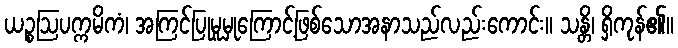
ယဉ္စဩပက္ကမိကံ၊ အကြင်ပြုမူမှုကြောင့်ဖြစ်သောအနာသည်လည်းကောင်း။ သန္တိ၊ ရှိကုန်၏။